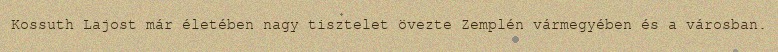
Kossuth Lajost már életében nagy tisztelet övezte Zemplén vármegyében és a városban.